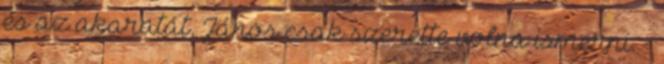
és az akaratát, János csak szerette volna ismerni. -